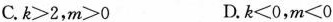
C.$$k>2$$，$$m>0$$ D.$$k<0$$，$$m<0$$